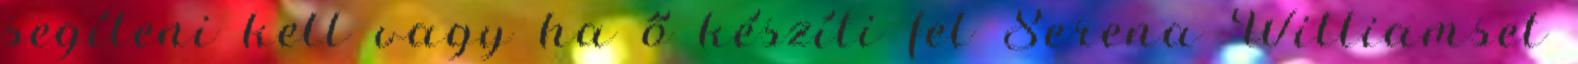
segíteni kell vagy ha ő készíti fel Serena Williamset